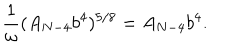
LaTeX: \frac { 1 } { \omega } ( A _ { N - 4 } b ^ { 4 } ) ^ { 5 / 8 } = A _ { N - 4 } b ^ { 4 } .